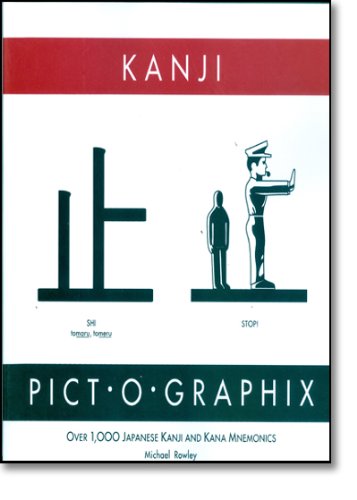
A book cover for Kanji Pict-O-Graphix: Over 1,000 Japanese Kanji and Kana Mnemonics; Michael Rowley; Reference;